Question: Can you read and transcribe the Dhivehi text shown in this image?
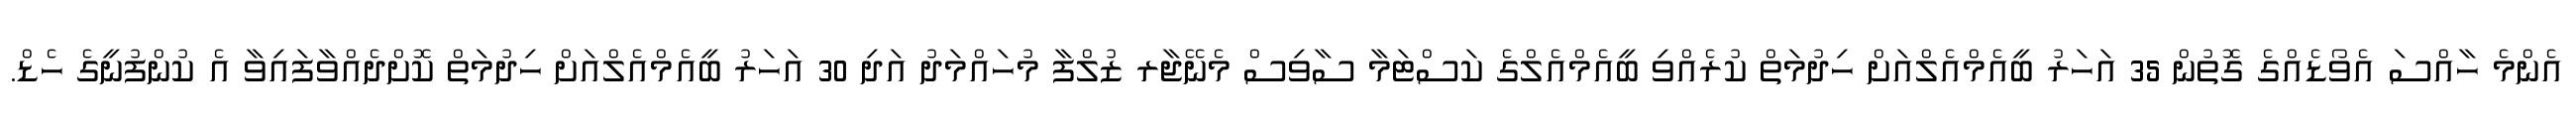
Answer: އެންމެ ހާއްސަ އެވޯޑެއްގެ ގޮތުން 35 އަހަރު ބީއެމްއެލްއަށް ހިދުމަތް ކުރެއްވި ބީއެމްއެލްގެ ކަސްޓަމާ ސާވިސް މެނޭޖާރ ޒުލްފާ މުހައްމަދު އަދި 30 އަހަރު ބީއެމްއެލްއަށް ހިދުމަތް ކޮށްދެއްވާފައިވާ އެ ކުންފުނީގެ ހެޑް.